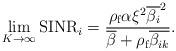
LaTeX: \begin{align*}\lim_{K\rightarrow \infty }\textrm{SINR}_{i} = \frac{\rho _{\textrm{f}}\alpha \xi ^{2}\overline{\beta _{i}}^{2}}{\overline{\beta } + \rho _{\textrm{f}}\overline{\beta _{ik}}} .\end{align*}